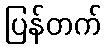
ပြန်တက်